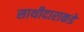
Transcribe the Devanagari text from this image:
साथीदाराकडे